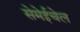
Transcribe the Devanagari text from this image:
सेमेईचेल